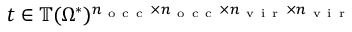
t \in \mathbb { T } ( \Omega ^ { * } ) ^ { n _ { \mathrm { ~ o ~ c ~ c ~ } } \times n _ { \mathrm { ~ o ~ c ~ c ~ } } \times n _ { \mathrm { ~ v ~ i ~ r ~ } } \times n _ { \mathrm { ~ v ~ i ~ r ~ } } }